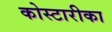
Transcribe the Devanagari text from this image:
कोस्टारीका